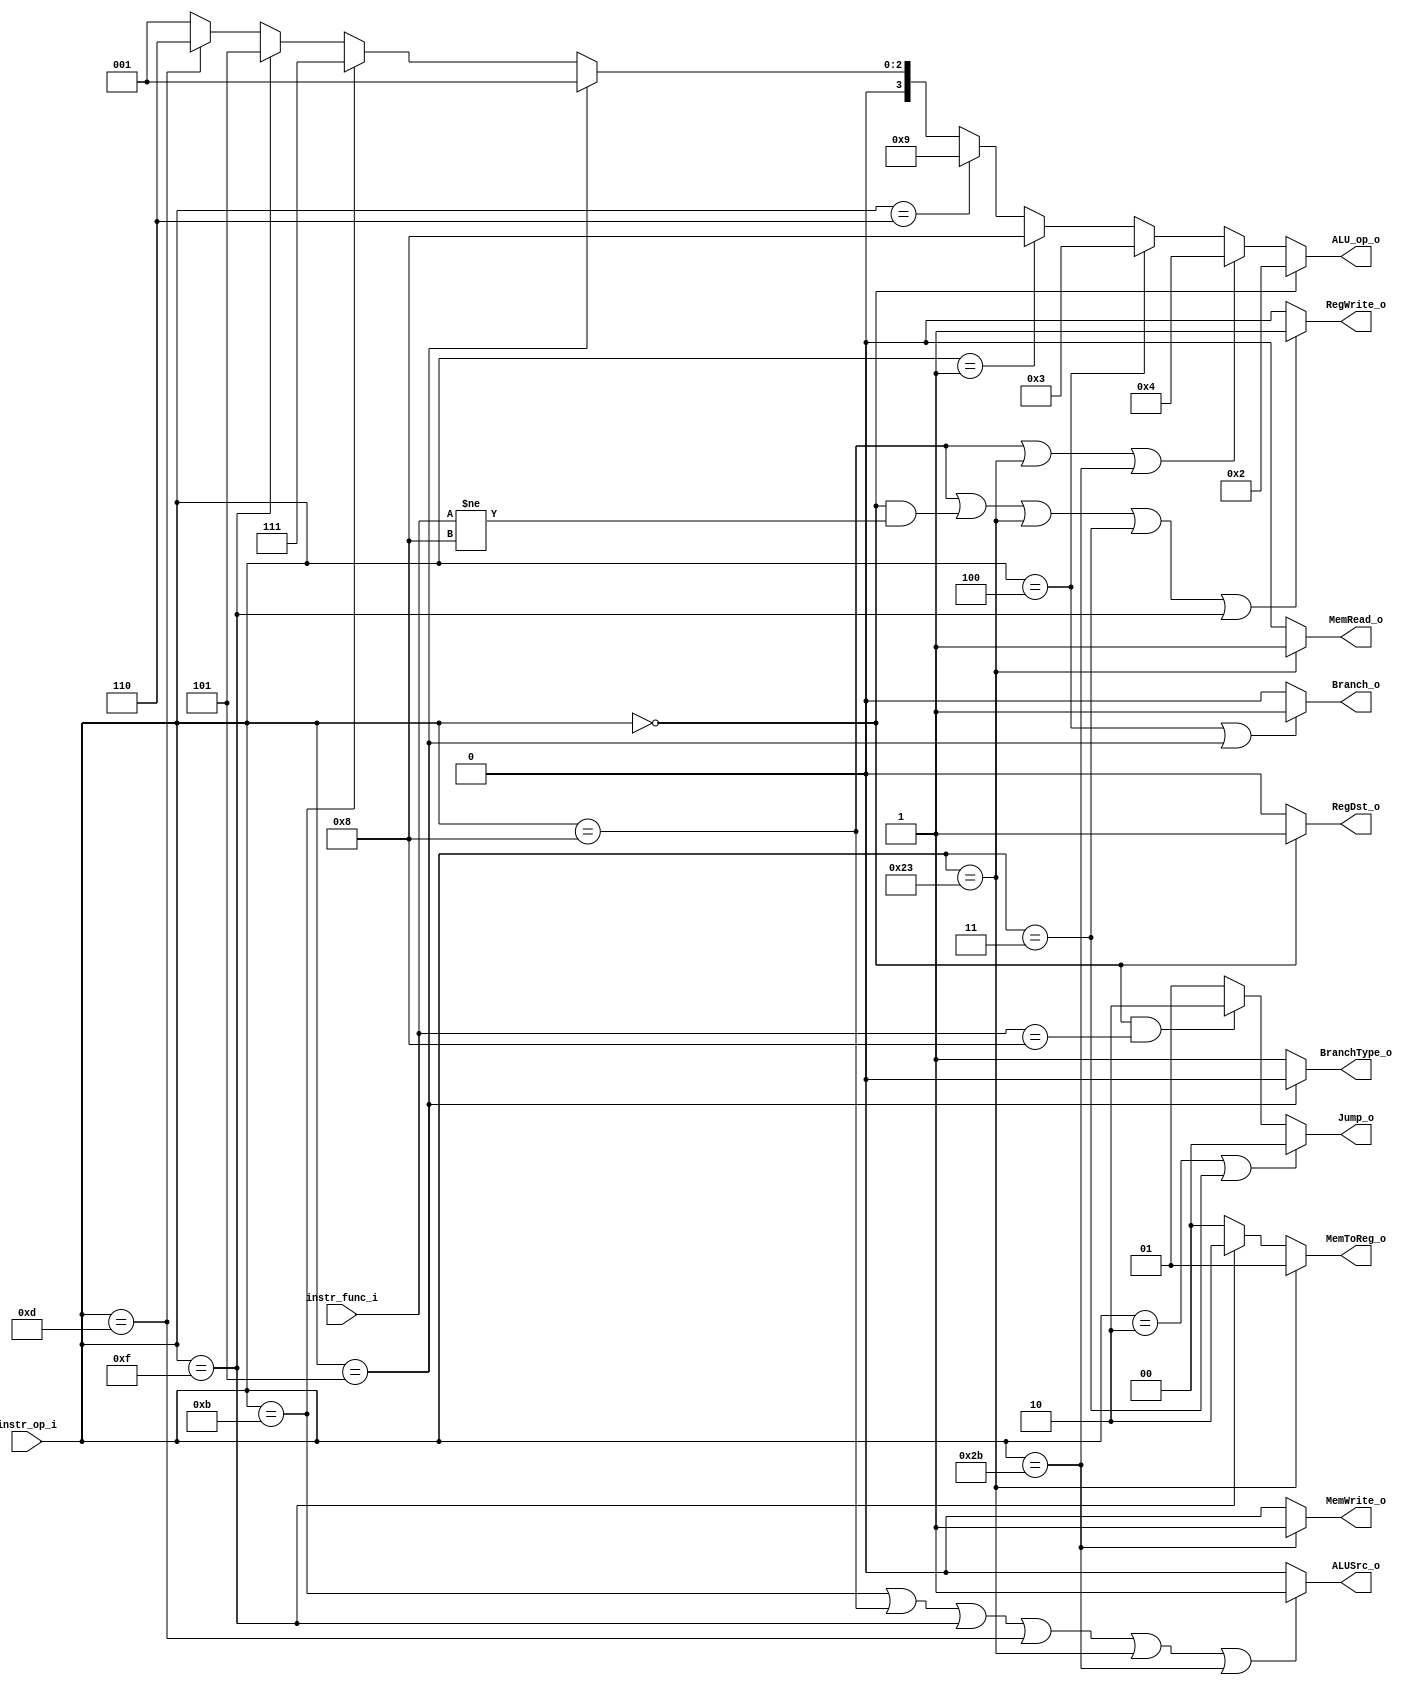
module Control(
    instr_op_i,
    instr_func_i,
    Branch_o,
    MemToReg_o,
    BranchType_o,
    Jump_o,
    MemRead_o,
    MemWrite_o,
    ALU_op_o,
    ALUSrc_o,
	RegWrite_o,
	RegDst_o
	);
     
//I/O ports
input  [6-1:0] instr_op_i;
input  [6-1:0] instr_func_i;
output         Branch_o;
output [2-1:0] MemToReg_o;
output         BranchType_o;
output [2-1:0] Jump_o;
output         MemRead_o;
output         MemWrite_o;
output [4-1:0] ALU_op_o;
output         ALUSrc_o;
output         RegWrite_o;
output         RegDst_o;

 
//Internal Signals
wire    [2-1:0] Jump_o;
wire            MemRead_o;
wire            MemWrite_o;
wire    [2-1:0] MemToReg_o;
wire    [4-1:0] ALU_op_o;
wire            ALUSrc_o;
wire            RegWrite_o;
wire            RegDst_o;
wire            Branch_o;
wire            BranchType_o;

//Parameter
assign MemToReg_o = (instr_op_i == 6'b100011)? 2'b01:(instr_op_i == 6'b001111)? 2'b10:2'b00;
assign RegDst_o = (instr_op_i == 6'b000000)? 1'b1:1'b0;
assign RegWrite_o = ((instr_op_i == 6'b001000)||(instr_op_i == 6'b000000 && instr_func_i != 6'b001000)||(instr_op_i == 6'b100011)||(instr_op_i == 6'b000011)||(instr_op_i == 6'b001111))? 1'b1:1'b0;
//assign RegWrite_o = ((instr_op_i != 6'b000100&&instr_op_i != 6'b000101) || instr_op_i == 6'b100011)? 1'b1:1'b0;
assign Branch_o = (instr_op_i == 6'b000100 || instr_op_i == 6'b000101)? 1'b1:1'b0;
assign ALUSrc_o = (instr_op_i == 6'b001011||instr_op_i == 6'b001000||instr_op_i == 6'b001111||instr_op_i == 6'b001101||instr_op_i == 6'b100011||instr_op_i == 6'b101011)? 1'b1:1'b0;
assign MemWrite_o = (instr_op_i == 6'b101011)? 1'b1:1'b0;
assign MemRead_o = (instr_op_i == 6'b100011)? 1'b1:1'b0;
assign Jump_o = (instr_op_i == 6'b000010 || instr_op_i == 6'b000011)? 2'b00: (instr_op_i == 6'b000000 && instr_func_i == 6'b001000)? 2'b10 : 2'b01;
assign BranchType_o = (instr_op_i == 6'b000101)? 1'b0:1'b1;

// 0010 => R-type
// 0100 => addi
// 0011 => beq
// 0111 => slti
// 0101 => lui
// 0110 => ori
// 0001 => bne

assign ALU_op_o = (instr_op_i == 6'b000000)? 4'b0010: //addu subu slt sra srav or  and mul jr 
                  (instr_op_i == 6'b001000||instr_op_i == 6'b100011||instr_op_i == 6'b101011)? 4'b0100: //addi LW SW
                  (instr_op_i == 6'b000100)? 4'b0011: //beq
                  (instr_op_i == 6'b000001)? 4'b1000: //bltz
                  (instr_op_i == 6'b000110)? 4'b1001: //ble
                  (instr_op_i == 6'b000101)? 4'b0001: //bne bnez
                  (instr_op_i == 6'b001011)? 4'b0111: //sltiu 
                  (instr_op_i == 6'b001111)? 4'b0101: //LUI
                  (instr_op_i == 6'b001101)? 4'b0110:4'b0001; //ORI

//Main function
endmodule